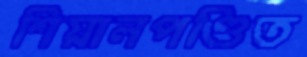
শিয়ালপণ্ডিত